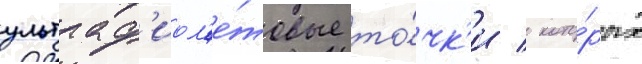
ультраф'иол'е́товые то́чк'и / кото́рых